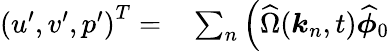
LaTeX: \begin{array}{rl}{\left(u^{\prime},v^{\prime},p^{\prime}\right)^{T}=}&{{}\sum_{n}\Big(\widehat{\Omega}(\boldsymbol{k}_{n},t)\widehat{\boldsymbol{\phi}}_{0}}\end{array}